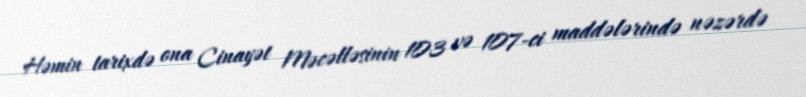
Həmin tarixdə ona Cinayət Məcəlləsinin 103 və 107-ci maddələrində nəzərdə